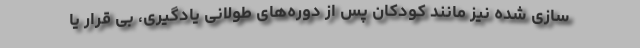
سازی شده نیز مانند کودکان پس از دوره‌های طولانی یادگیری، بی قرار یا